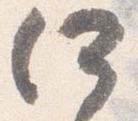
何